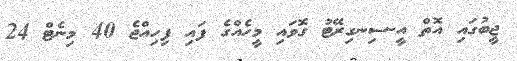
ޖީބުގައި އޮތް އީ-ސިނގިރޭޓު ގޮވައި މީހެއްގެ ފައި ފިހިއްޖެ 40 މިނެޓް 24